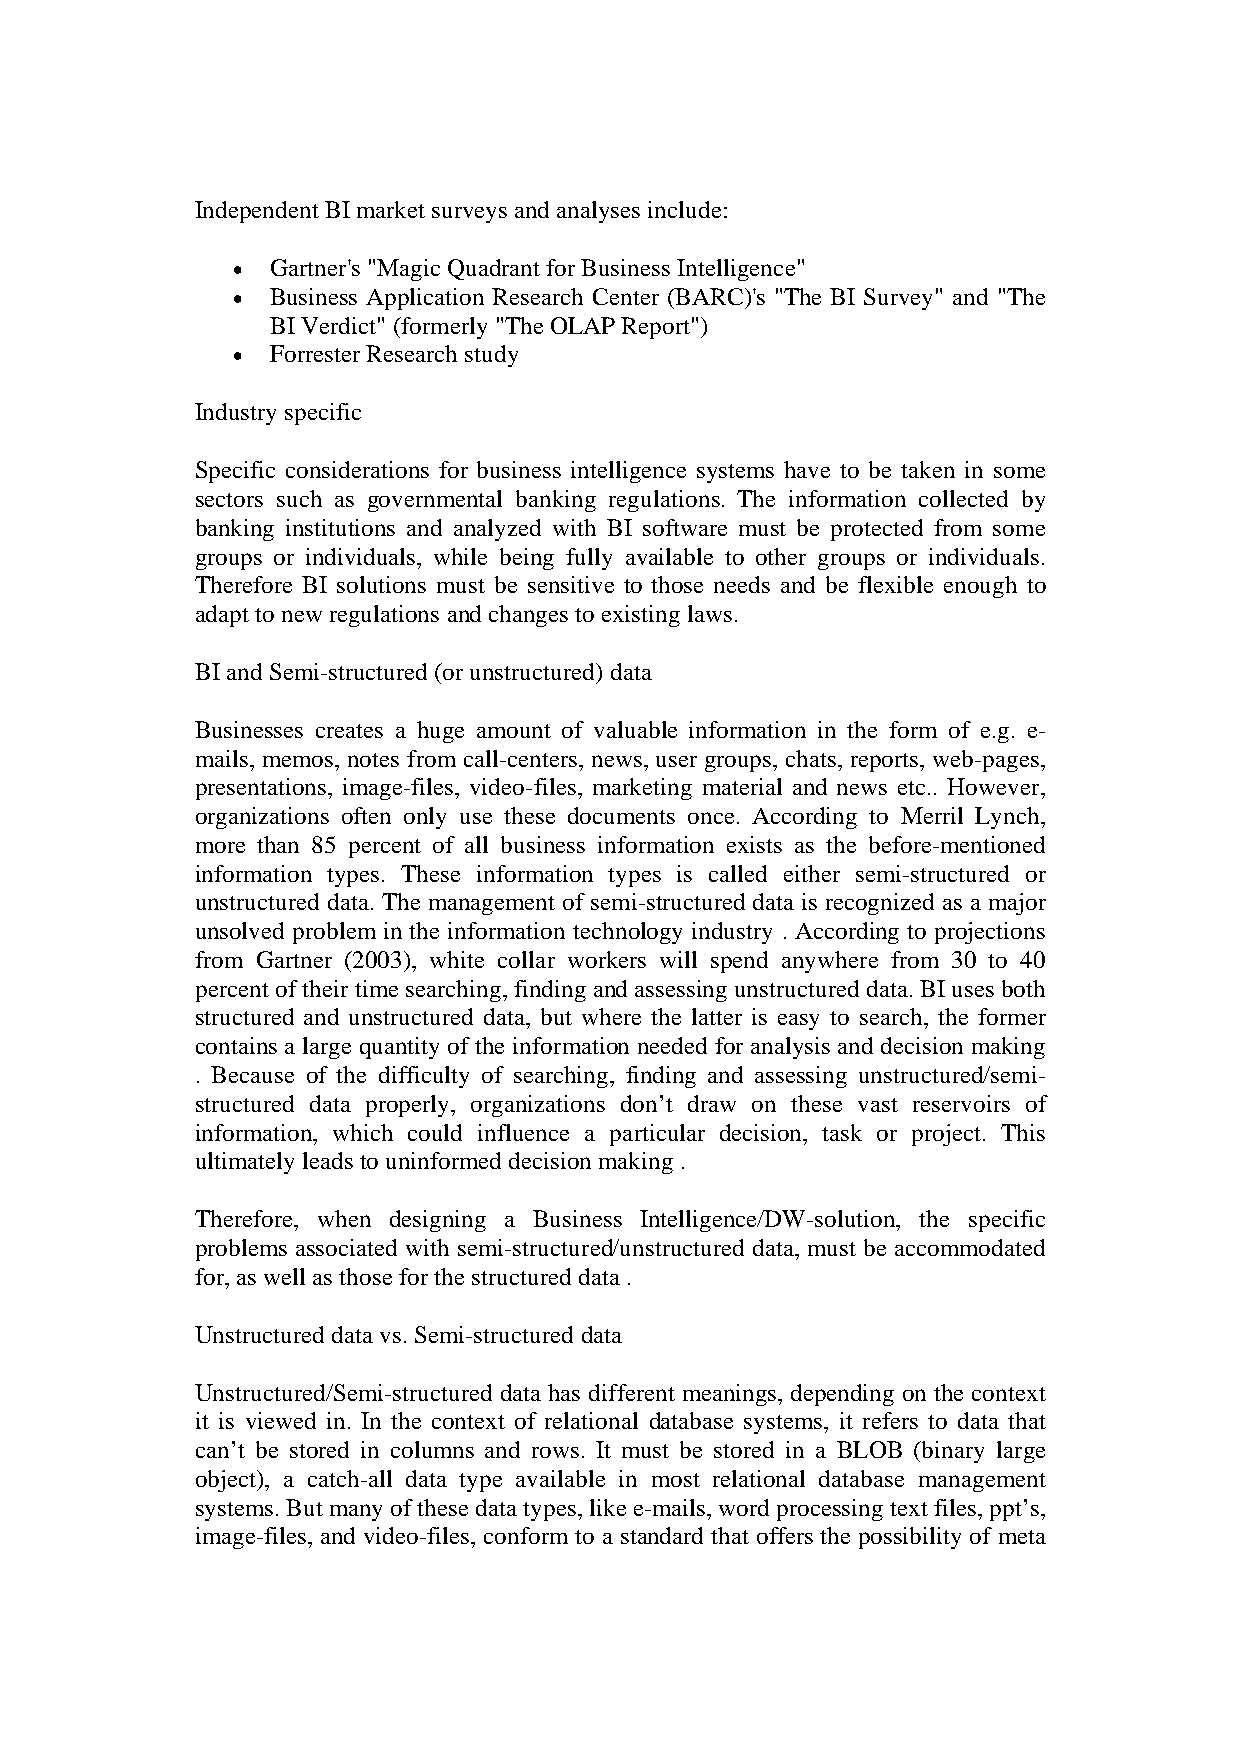
Independent BI market surveys and analyses include:
 •  Gartner's "Magic Quadrant for Business Intelligence"
 •  Business Application Research Center (BARC)'s "The BI Survey" and "The
 BI Verdict" (formerly "The OLAP Report")
 •  Forrester Research study
 Industry specific
 Specific considerations for business intelligence systems have to be taken in some
 sectors such as governmental banking regulations. The information collected by
 banking institutions and analyzed with BI software must be protected from some
 groups or individuals, while being fully available to other groups or individuals.
 Therefore BI solutions must be sensitive to those needs and be flexible enough to
 adapt to new regulations and changes to existing laws.
 BI and Semi-structured (or unstructured) data
 Businesses creates a huge amount of valuable information in the form of e.g. e-
 mails, memos, notes from call-centers, news, user groups, chats, reports, web-pages,
 presentations, image-files, video-files, marketing material and news etc.. However,
 organizations often only use these documents once. According to Merril Lynch,
 more than 85 percent of all business information exists as the before-mentioned
 information types. These information types is called either semi-structured or
 unstructured data. The management of semi-structured data is recognized as a major
 unsolved problem in the information technology industry . According to projections
 from Gartner (2003), white collar workers will spend anywhere from 30 to 40
 percent of their time searching, finding and assessing unstructured data. BI uses both
 structured and unstructured data, but where the latter is easy to search, the former
 contains a large quantity of the information needed for analysis and decision making
 . Because of the difficulty of searching, finding and assessing unstructured/semi-
 structured data properly, organizations don’t draw on these vast reservoirs of
 information, which could influence a particular decision, task or project. This
 ultimately leads to uninformed decision making .
 Therefore, when designing a Business Intelligence/DW-solution, the specific
 problems associated with semi-structured/unstructured data, must be accommodated
 for, as well as those for the structured data .
 Unstructured data vs. Semi-structured data
 Unstructured/Semi-structured data has different meanings, depending on the context
 it is viewed in. In the context of relational database systems, it refers to data that
 can’t be stored in columns and rows. It must be stored in a BLOB (binary large
 object), a catch-all data type available in most relational database management
 systems. But many of these data types, like e-mails, word processing text files, ppt’s,
 image-files, and video-files, conform to a standard that offers the possibility of meta